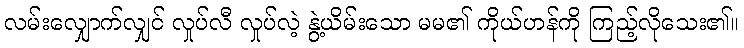
လမ်းလျှောက်လျှင် လှုပ်လီ လှုပ်လဲ့ နွဲ့ယိမ်းသော မမ၏ ကိုယ်ဟန်ကို ကြည့်လိုသေး၏။